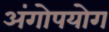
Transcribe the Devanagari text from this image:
अंगोपयोग